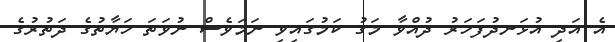
އެ އަދި އުޅަނދުފަހަރު ދުއްވާ މަގު ކަމުގައިވި ނަމަވެސް ނުވަތަ ހަޔާތުގެ ދަތުރުގެ